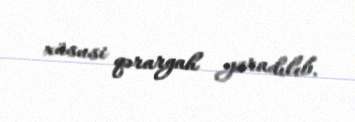
xüsusi qərargah yaradılıb.